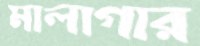
মালাগার